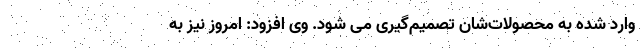
وارد شده به محصولات‌شان تصمیم‌گیری می شود. وی افزود: امروز نیز به